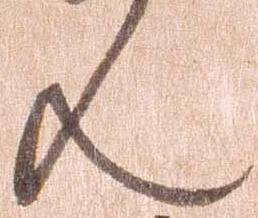
ん